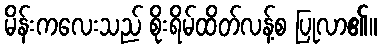
မိန်းကလေးသည် စိုးရိမ်ထိတ်လန့်စ ပြုလာ၏။